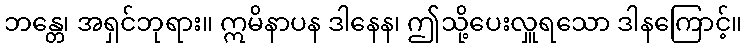
ဘန္တေ၊ အရှင်ဘုရား။ ဣမိနာပန ဒါနေန၊ ဤသို့ပေးလှူရသော ဒါနကြောင့်။